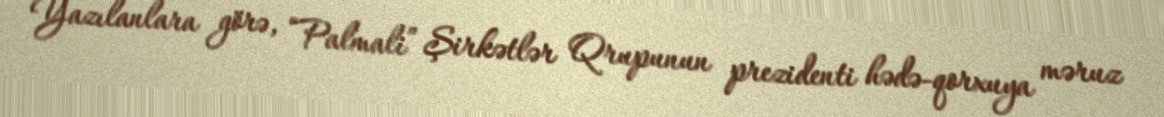
Yazılanlara görə, “Palmali” Şirkətlər Qrupunun prezidenti hədə-qorxuya məruz